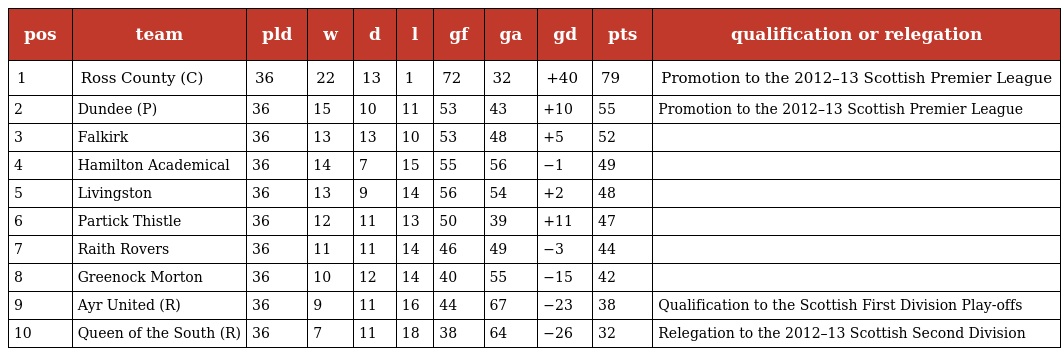
| pos | team | pld | w | d | l | gf | ga | gd | pts | qualification or relegation |
 | --- | --- | --- | --- | --- | --- | --- | --- | --- | --- | --- |
 | 1 | Ross County (C) | 36 | 22 | 13 | 1 | 72 | 32 | +40 | 79 | Promotion to the 2012–13 Scottish Premier League |
 | 2 | Dundee (P) | 36 | 15 | 10 | 11 | 53 | 43 | +10 | 55 | Promotion to the 2012–13 Scottish Premier League |
 | 3 | Falkirk | 36 | 13 | 13 | 10 | 53 | 48 | +5 | 52 |  |
 | 4 | Hamilton Academical | 36 | 14 | 7 | 15 | 55 | 56 | −1 | 49 |  |
 | 5 | Livingston | 36 | 13 | 9 | 14 | 56 | 54 | +2 | 48 |  |
 | 6 | Partick Thistle | 36 | 12 | 11 | 13 | 50 | 39 | +11 | 47 |  |
 | 7 | Raith Rovers | 36 | 11 | 11 | 14 | 46 | 49 | −3 | 44 |  |
 | 8 | Greenock Morton | 36 | 10 | 12 | 14 | 40 | 55 | −15 | 42 |  |
 | 9 | Ayr United (R) | 36 | 9 | 11 | 16 | 44 | 67 | −23 | 38 | Qualification to the Scottish First Division Play-offs |
 | 10 | Queen of the South (R) | 36 | 7 | 11 | 18 | 38 | 64 | −26 | 32 | Relegation to the 2012–13 Scottish Second Division |